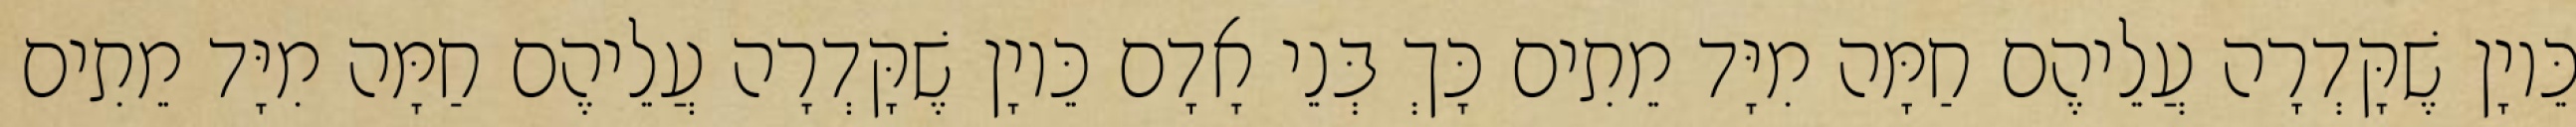
כֵּיוָן שֶׁקָּדְרָה עֲלֵיהֶם חַמָּה מִיָּד מֵתִים כָּךְ בְּנֵי אָדָם כֵּיוָן שֶׁקָּדְרָה עֲלֵיהֶם חַמָּה מִיָּד מֵתִים